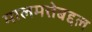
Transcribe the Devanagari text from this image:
मालमत्तेबद्दल